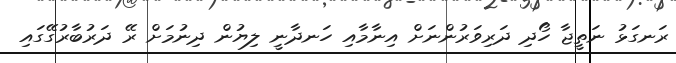
ރަނގަޅު ނަތީޖާ ހޯދި ދަރިވަރުންނަށް އިނާމާއި ހަނދާނީ ލިޔުން ދިނުމަށް ރޭ ދަރުބާރުގޭގައި